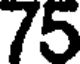
75